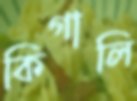
কিগালি